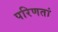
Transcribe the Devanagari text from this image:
परिणतां